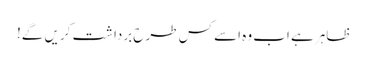
ظاہر ہے اب وہ اسے کس طرح برداشت کریں گے!